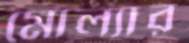
মোল্যার